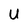
Character: U